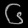
Digit: ၆